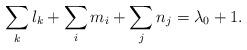
LaTeX: \begin{align*}\sum_k l_k + \sum_i m_i + \sum_j n_j = \lambda_0 +1.\end{align*}